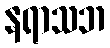
နရာသဘ